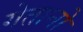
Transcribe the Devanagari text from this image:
गेतानो